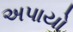
અપાયો